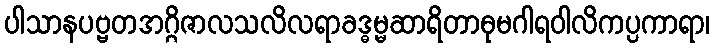
ပါသာနပဗ္ဗတအဂ္ဂိဇာလသလိလရာခဒ္ဓမ္မဆာရိတာဓုမဂါရဝါလိကပ္ပကာရာ၊